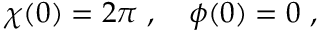
\chi ( 0 ) = 2 \pi \ , \quad \phi ( 0 ) = 0 \ ,